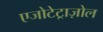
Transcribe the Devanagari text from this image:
एजोटेट्राज़ोल